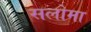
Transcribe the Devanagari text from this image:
सलोमा